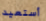
أستعيد